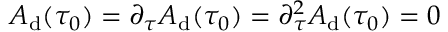
A _ { \mathrm { d } } ( \tau _ { 0 } ) = \partial _ { \tau } A _ { \mathrm { d } } ( \tau _ { 0 } ) = \partial _ { \tau } ^ { 2 } A _ { \mathrm { d } } ( \tau _ { 0 } ) = 0